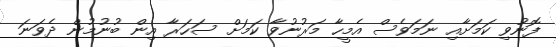
ފޮނުވި ކަމަށާއި ނަމަވެސް އެމީހާ މަރުނުވާ ކަމަށް ސަހަރާ އިން ބުނުމުން ދެވަނަ